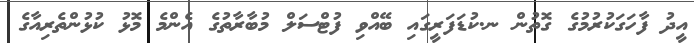
އީދު ފާހަގަކުރުމުގެ ގޮތުން ނ.ކުޑަފަރީގައި ބޭއްވި ފުޓްސަލް މުބާރާތުގެ އެންމެ މޮޅު ކުޅުންތެރިއާގެ